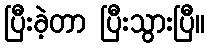
ပြီးခဲ့တာ ပြီးသွားပြီ။